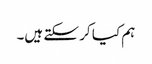
ہم کیا کر سکتے ہیں۔